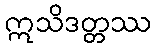
ဣသိဒတ္တဿ